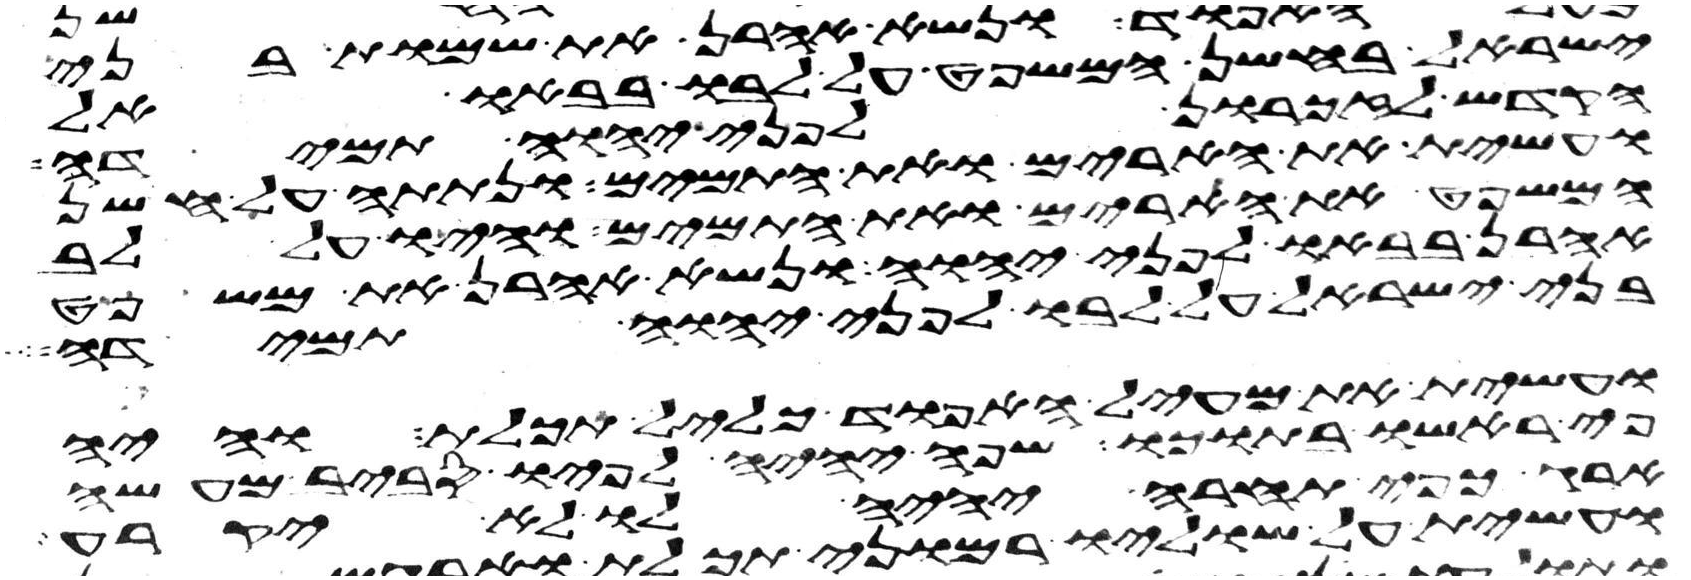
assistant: ישראל בחשן המשפט על לבו בבאו אל
הקדש לזכרון לפני יהוה תמידה
ועשית את הארים ואת התמים ונתתה על חשן
המשפט את הארים ואת התמים והיו על לב
אהרן בבאו לפני יהוה ונשא אהרן את משפט
בני ישראל על לבו לפני יהוה תמידה
ועשית את מעיל האפוד כליל תכלת והיה
פי ראשו בתוכו שפה יהיה לפיו סביב מעשה
ארג כפי תחרא יהיה לו לא יקרע